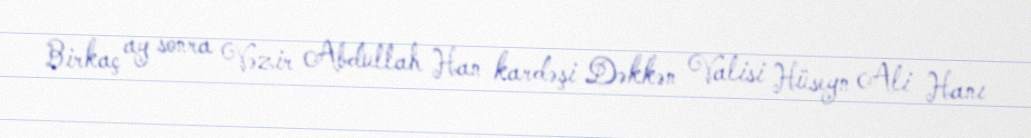
Birkaç ay sonra Vəzir Abdullah Han kardəşi Dəkkən Valisi Hüseyn Ali Hanı